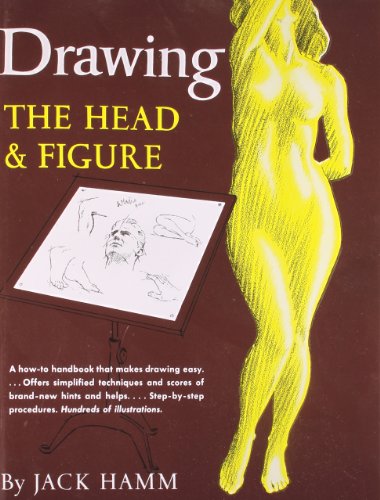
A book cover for Drawing the Head and Figure; Jack Hamm; Arts & Photography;